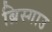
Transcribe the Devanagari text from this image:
ब्रिस्गाउ